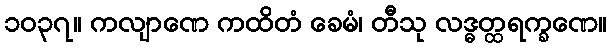
၁၀၃၇။ ကလျာဏေ ကထိတံ ခေမံ၊ တီသု လဒ္ဓတ္ထရက္ခဏေ။